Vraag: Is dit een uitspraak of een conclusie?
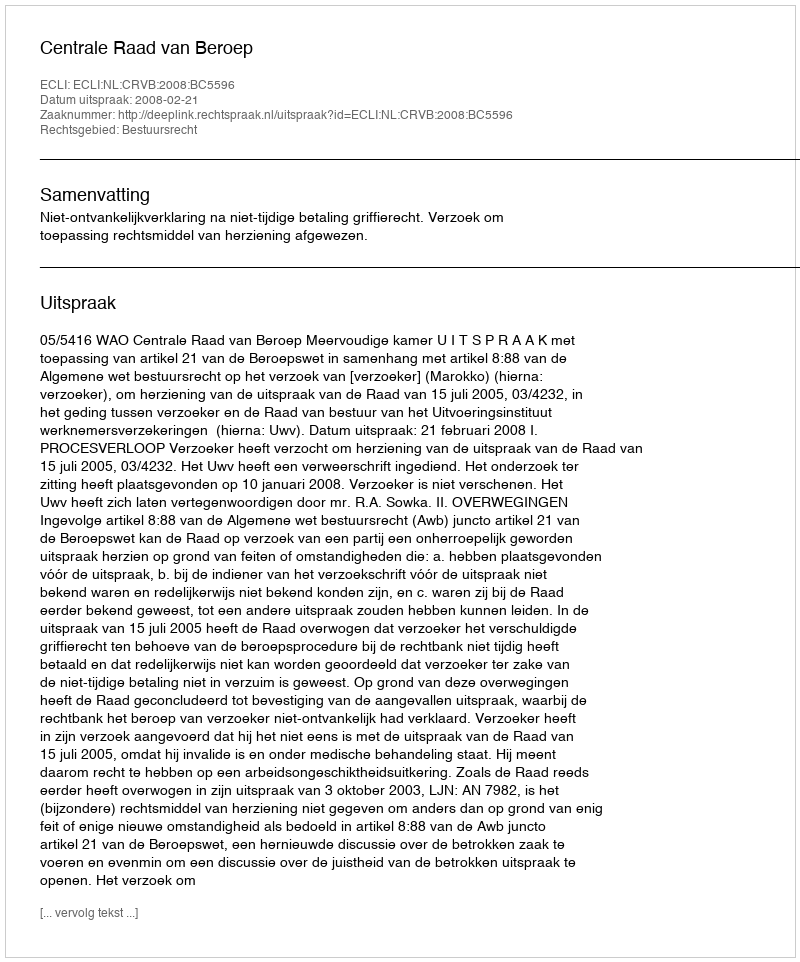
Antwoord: Uitspraak